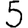
Digit: 5